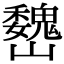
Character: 𡿁